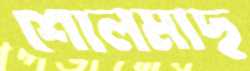
শোলমাছ